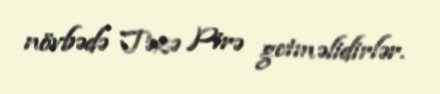
növbədə Təzə Pirə getməlidirlər.